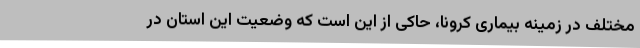
مختلف در زمینه بیماری کرونا، حاکی از این است که وضعیت این استان در